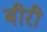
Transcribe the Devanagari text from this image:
बीरी